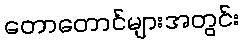
တောတောင်များအတွင်း